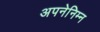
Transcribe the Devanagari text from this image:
अपनेनिम्न